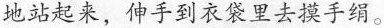
地站起来，伸手到衣袋里去摸手绢。